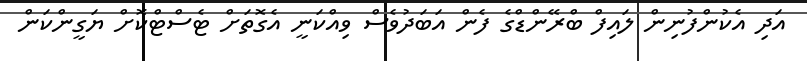
އަދި އެކުންފުނިން ލައިފް ބްރޭންޑްގެ ފެން އަބަދުވެސް ވިއްކަނީ އެގޮތަށް ޓެސްޓްކޮށް ޔަގީންކަން